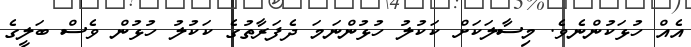
އެއް ހުޅަކުންނެވެ. މިސާލަކަށް ކަކުލު ހުޅުންނަމަ ދެފަރާތުގެ ކަކުލު ހުޅުން ވެސް ބަލީގެ